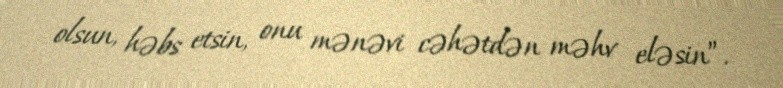
olsun, həbs etsin, onu mənəvi cəhətdən məhv eləsin”.